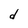
Character: d